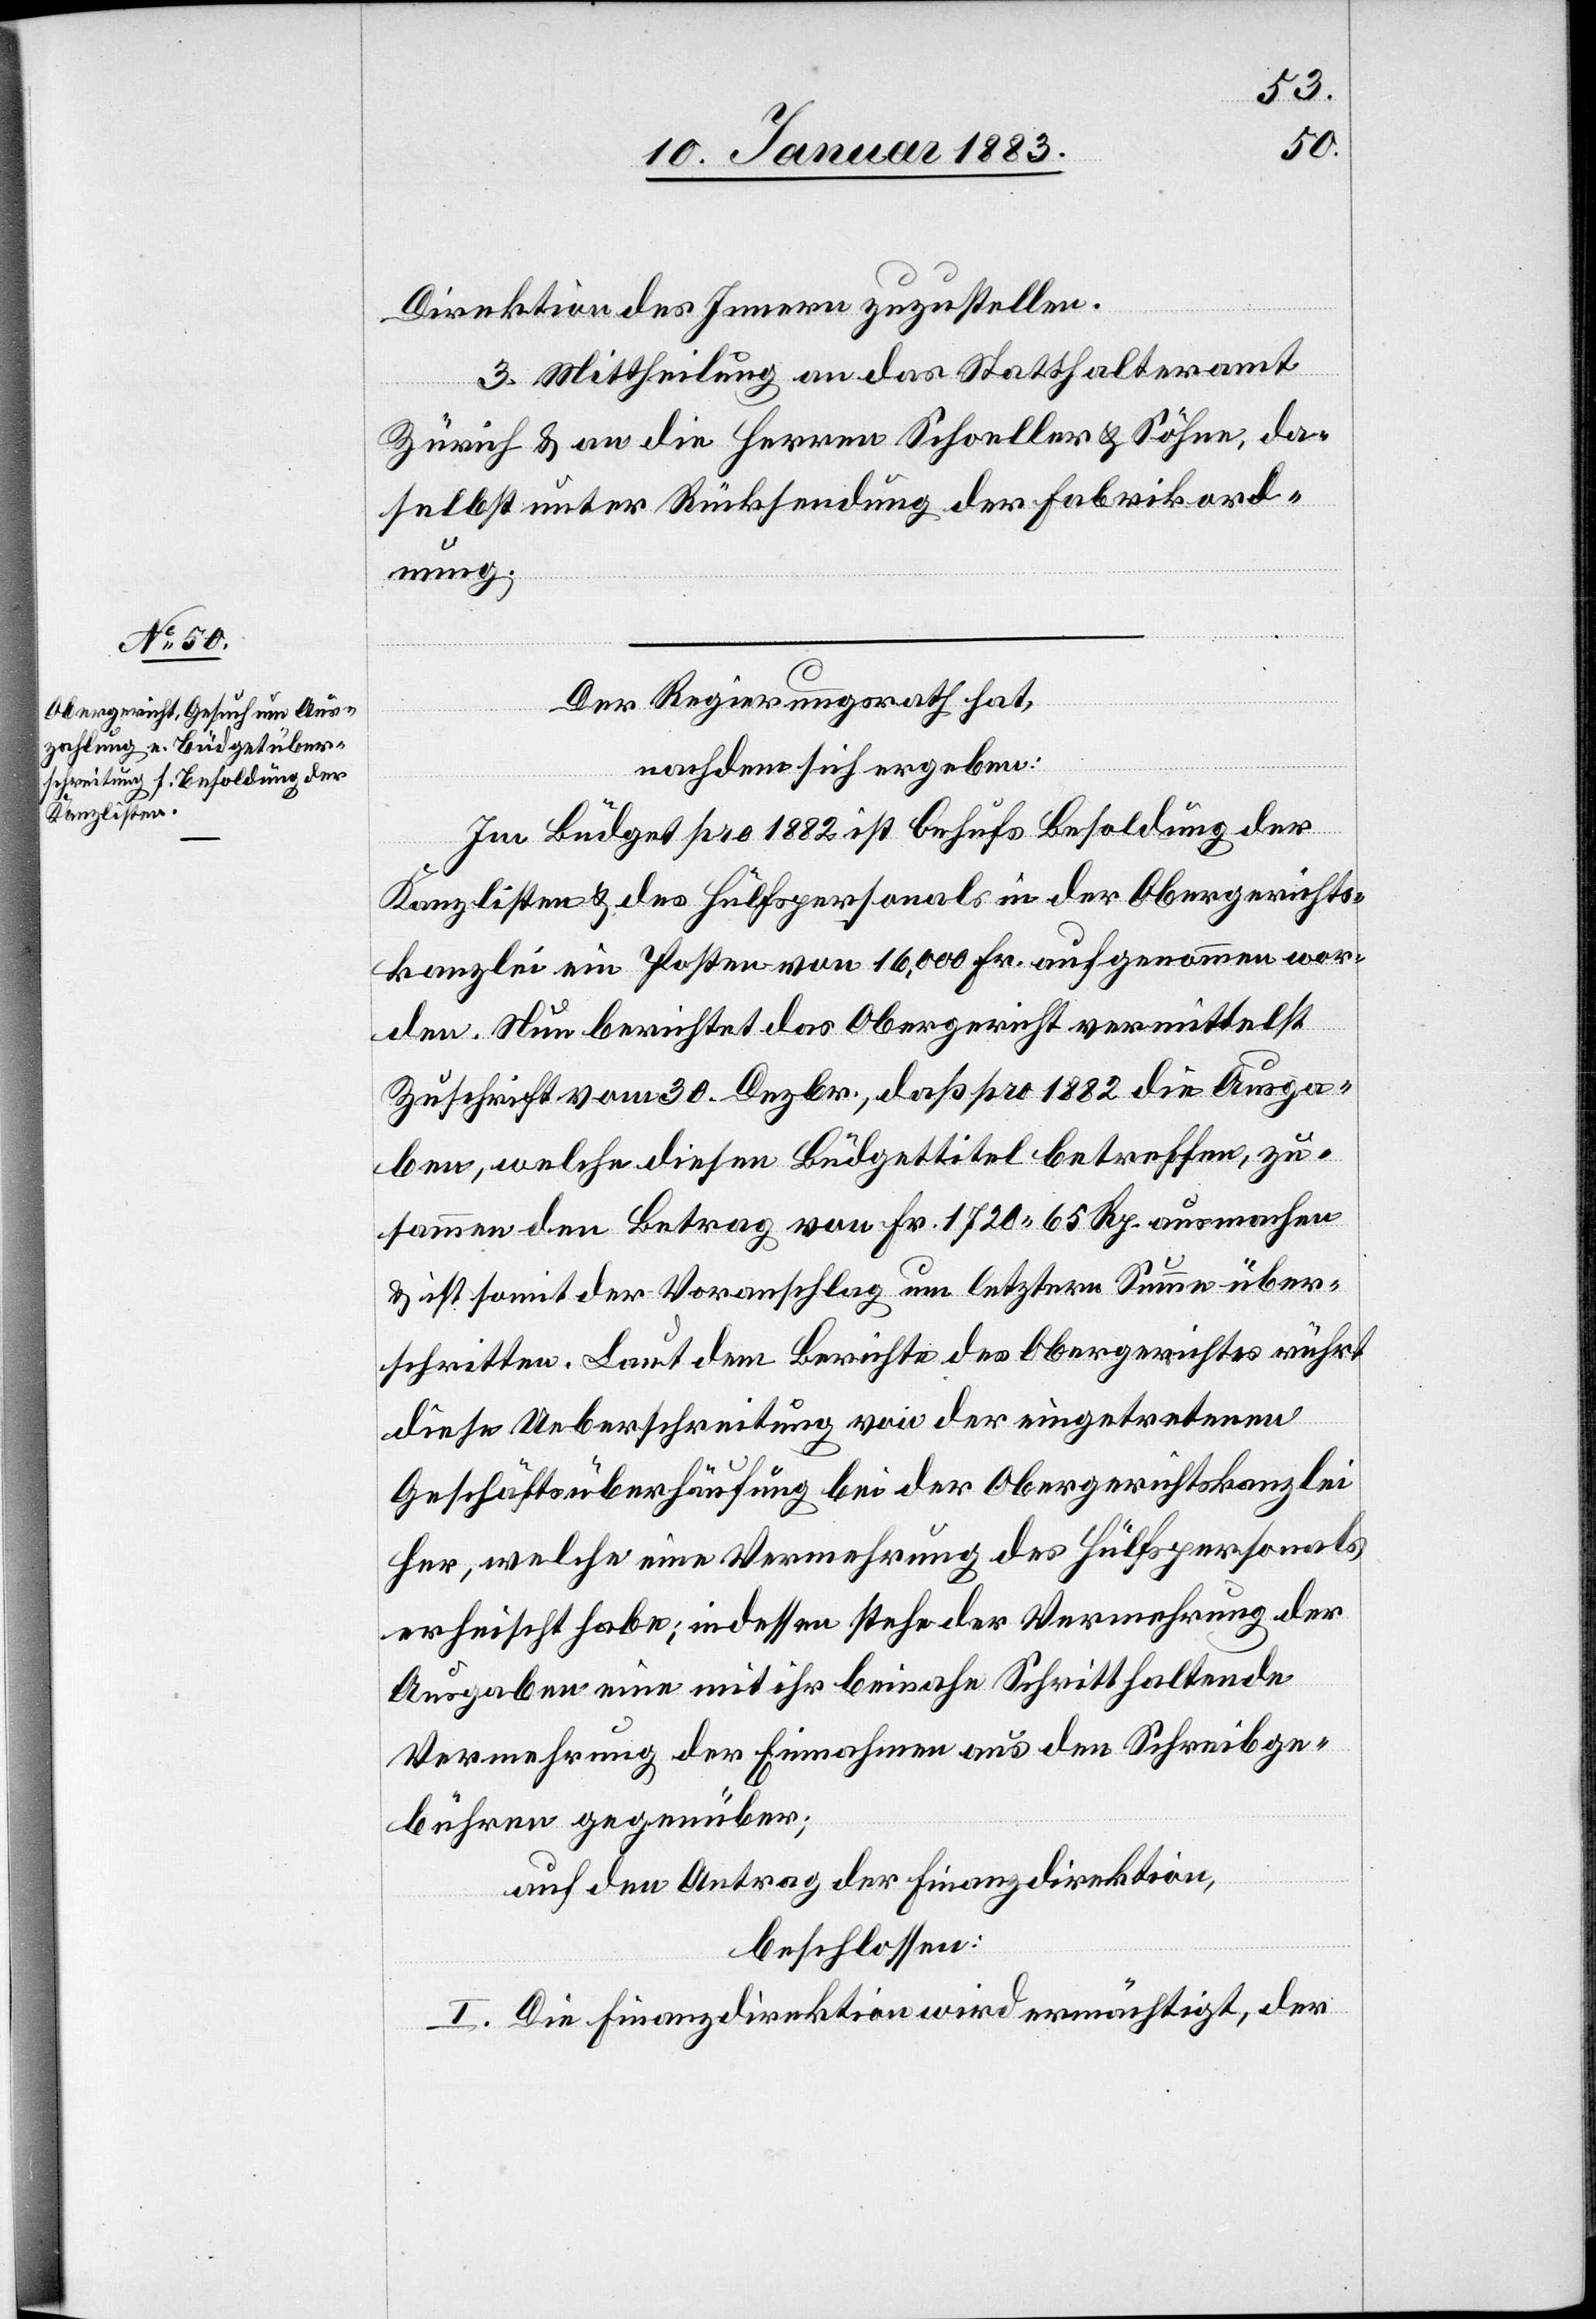
Direktion des Innern zuzustellen.
3. Mittheilung an das Statthalteramt
Zürich & an die Herren Schoeller & Söhne, da¬
selbst unter Rücksendung der Fabrikord¬
nung.
Der Regierungsrath hat,
nachdem sich ergeben:
Im Büdget pro 1882 ist behufs Besoldung der
Kanzlisten & des Hülfspersonals in der Obergerichts¬
kanzlei ein Posten von 16,000 Fr. aufgenommen wor¬
den. Nun berichtet das Obergericht vermittelst
Zuschrift vom 30. Dezbr., daß pro 1882 die Ausga¬
ben, welche diesen Büdgettitel betreffen, zu¬
sammen den Betrag von Fr. 1720 65 Rp. ausmachen
& ist somit der Voranschlag um letztere Summe über¬
schritten. Laut dem Berichte des Obergerichtes rührt
diese Ueberschreitung von der eingetretenen
Geschäftsüberhäufung bei der Obergerichtskanzlei
her, welche eine Vermehrung des Hülfspersonals
erheischt habe; indessen stehe der Vermehrung der
Ausgaben eine mit ihr beinahe Schritt haltende
Vermehrung der Einnahmen aus den Schreibge¬
bühren gegenüber;
auf den Antrag der Finanzdirektion,
beschlossen
I. Die Finanzdirektion wird ermächtigt, der